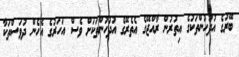
ބޭރުގެ އުދުހުންތަކުގެ އިތުރުން ރާއްޖޭގެ އެތެރޭގެ އުދުހުންތަކަށް ވެސް އަހަރުގެ އެހެން ދުވަސްތަކާ